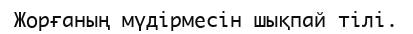
Жорғаның мүдірмесін шықпай тілі.